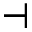
\dashv